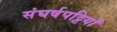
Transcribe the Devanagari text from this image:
संघर्षपट्टियाँ